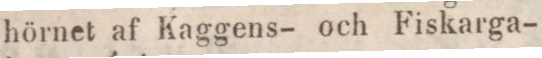
hörnet af Kaggens- och Fiskarga-